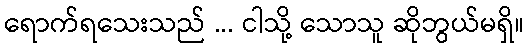
ရောက်ရသေးသည် ... ငါသို့ သောသူ ဆိုဘွယ်မရှိ။